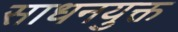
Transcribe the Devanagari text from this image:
साधनयुक्त